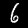
Label: 6